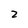
Character: 2